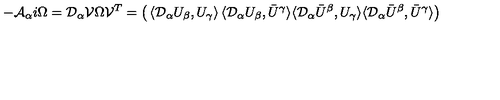
- { \cal A } _ { \alpha } i \Omega = { \cal D } _ { \alpha } { \cal V } \Omega { \cal V } ^ { T } = \left( \begin{matrix} { \langle { \cal D } _ { \alpha } U _ { \beta } , U _ { \gamma } \rangle } & { \langle { \cal D } _ { \alpha } U _ { \beta } , \bar { U } ^ { \gamma } \rangle } \\ { \langle { \cal D } _ { \alpha } \bar { U } ^ { \beta } , U _ { \gamma } \rangle } & { \langle { \cal D } _ { \alpha } \bar { U } ^ { \beta } , \bar { U } ^ { \gamma } \rangle } \\ \end{matrix} \right)